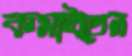
কমাইতেন